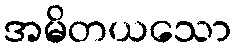
အမိတယသော